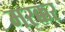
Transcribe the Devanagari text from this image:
मरक्कर